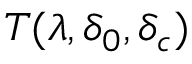
T ( \lambda , \delta _ { 0 } , \delta _ { c } )